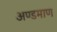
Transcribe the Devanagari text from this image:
अण्डमाण